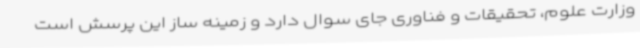
وزارت علوم، تحقیقات و فناوری جای سوال دارد و زمینه ساز این پرسش است